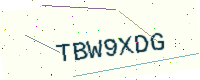
Text: TBW9XDG